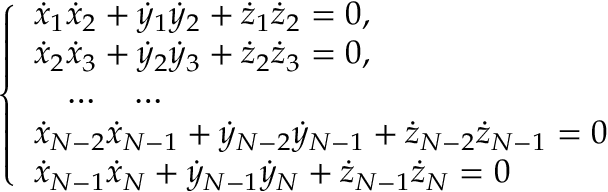
\left\{ \begin{array} { l } { { \dot { x } } _ { 1 } { \dot { x } } _ { 2 } + { \dot { y } } _ { 1 } { \dot { y } } _ { 2 } + { \dot { z } } _ { 1 } { \dot { z } } _ { 2 } = 0 , } \\ { { \dot { x } } _ { 2 } { \dot { x } } _ { 3 } + { \dot { y } } _ { 2 } { \dot { y } } _ { 3 } + { \dot { z } } _ { 2 } { \dot { z } } _ { 3 } = 0 , } \\ { \quad \dots \quad \dots } \\ { { \dot { x } } _ { N - 2 } { \dot { x } } _ { N - 1 } + { \dot { y } } _ { N - 2 } { \dot { y } } _ { N - 1 } + { \dot { z } } _ { N - 2 } { \dot { z } } _ { N - 1 } = 0 } \\ { { \dot { x } } _ { N - 1 } { \dot { x } } _ { N } + { \dot { y } } _ { N - 1 } { \dot { y } } _ { N } + { \dot { z } } _ { N - 1 } { \dot { z } } _ { N } = 0 } \end{array} \right.